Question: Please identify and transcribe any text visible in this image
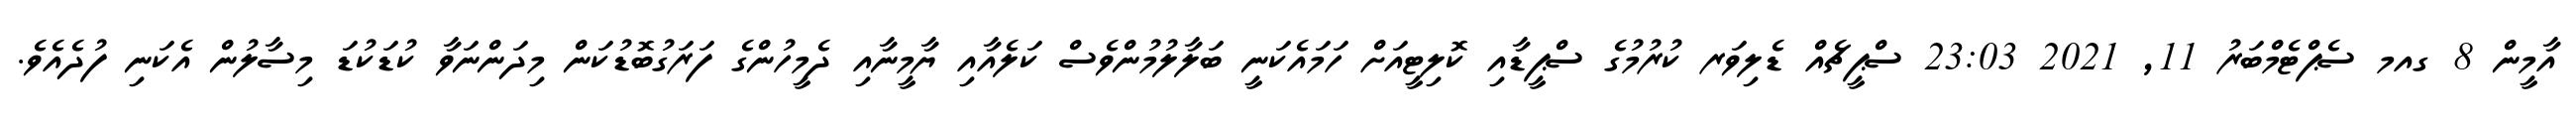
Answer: އާމީން 8 ގއމ ސެޕްޓެމްބަރު 11, 2021 23:03 ސްޕީޗެއް ޑެލިވަރ ކުރުމުގެ ސްޕީޑާއި ކޮލިޓީއަށް ހަމައެކަނީ ބަލާލުމުންވެސް ކަލެއާއި ޔާމީނާއި ދެމީހުންގެ ފަރަގުބޮޑުކަން މިދަންނަވާ ކުޑަކުޑަ މިސާލުން އެކަނި ފުދެއެވެ.